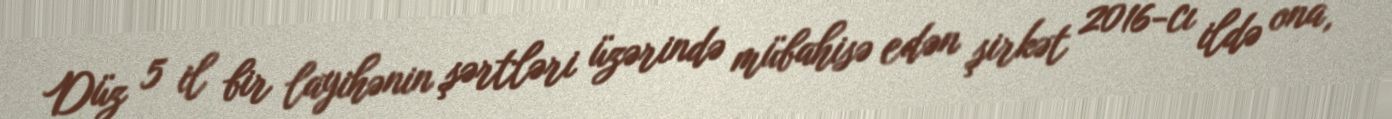
Düz 5 il bir layihənin şərtləri üzərində mübahisə edən şirkət 2016-cı ildə ona,